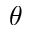
\theta